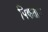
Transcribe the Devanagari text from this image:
पिकतान